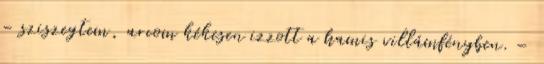
– sziszegtem, arcom kékesen izzott a hamis villámfényben. –